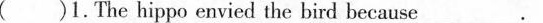
( )1.The hippo envied the bird because ________.